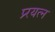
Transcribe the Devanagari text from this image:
प्र्रयत्न